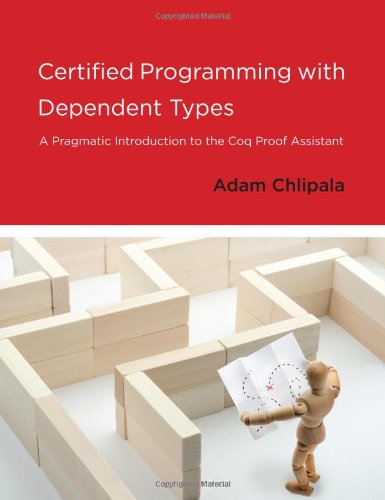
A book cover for Certified Programming with Dependent Types: A Pragmatic Introduction to the Coq Proof Assistant; Adam Chlipala; Computers & Technology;